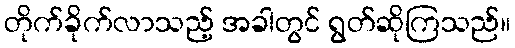
တိုက်ခိုက်လာသည့် အခါတွင် ရွတ်ဆိုကြသည်။